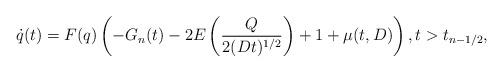
LaTeX: \begin{align*}\dot q(t)=F(q)\left(-G_n(t)- 2E\left(\dfrac{Q}{2(Dt)^{1/2}}\right)+1+\mu(t,D)\right),t>t_{n-1/2},\end{align*}